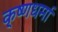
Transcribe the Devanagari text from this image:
कृ्ष्णधर्मा